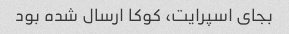
بجای اسپرایت، کوکا ارسال شده بود